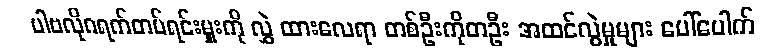
ပါဗလိုဂရက်တပ်ရင်းမှူးကို လွှဲ ထားလေရာ တစ်ဦးကိုတဦး အထင်လွဲမှုများ ပေါ်ပေါက်